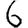
Digit: 6